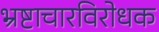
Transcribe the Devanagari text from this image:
भ्रष्टाचारविरोधक